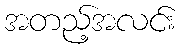
အတည့်အလင်း